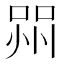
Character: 喌